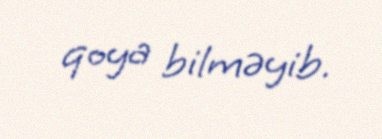
qoya bilməyib.